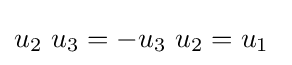
u_{2}\ u_{3}=-u_{3}\ u_{2}=u_{1}~